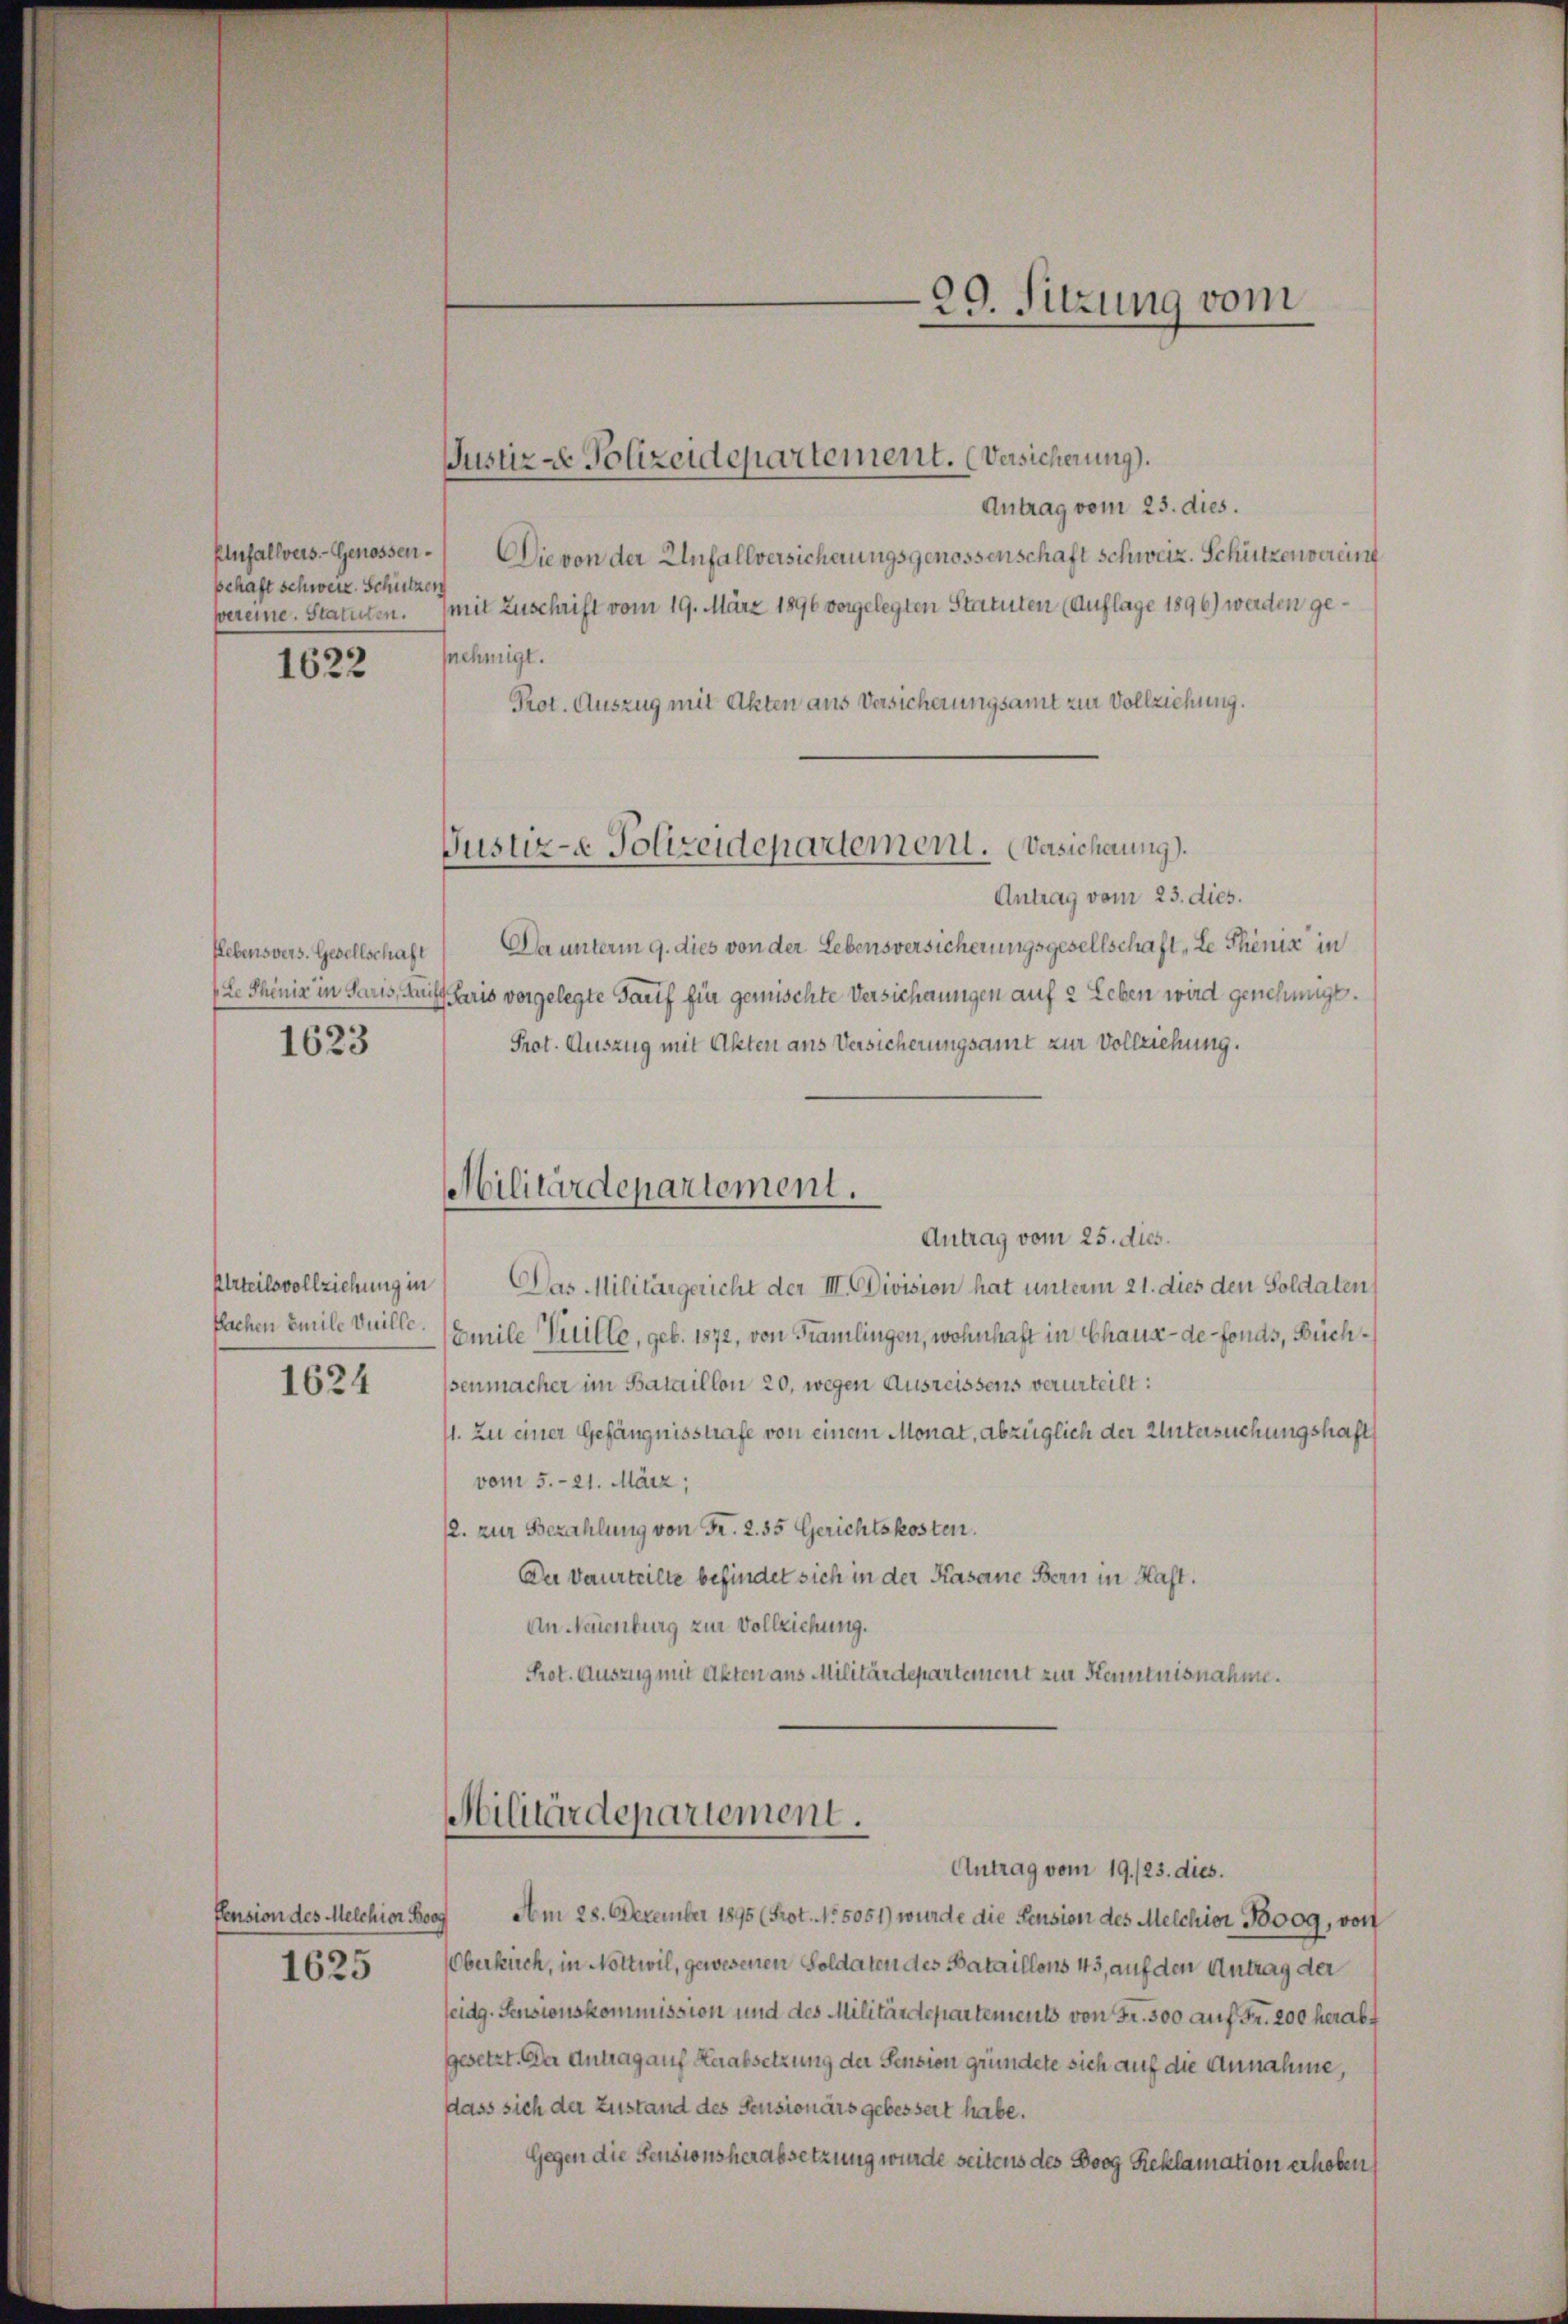
Plufallvers. Genossenschaft schweiz. Schützen
pereine. Statuten.
1622

flebensvers. Gesellschaft
1623

Urteilsvollziehung in
bachen Emile Vuille.

1624

1625

Justiz - Polizeidepartement. (Versicherung).
Antrag vom 25. dies.
Die von der Unfallversicherungsgenossenschaft schweiz. Schützenvereint
mit Zuschrift vom 19. März 1896 vorgelegten Statuten (Auflage 1896) werden gefnehmigt.
Prot. Auszug mit Akten aus Versicherungsamt zur Vollziehung.
Antrag vom 23. dies.
Da unterm 9. dies von der Lebensversicherungsgesellschaft „Le Phönix in
Le Phöniz in Paris, Muff Paris vorgelegte Tarif für gemischte Versichtungen auf 2 Leben wird genehmigt.
Prot. Auszug mit Akten aus Versicherungsamt zur Vollziehung.
Militärdepartement.
Antrag vom 25. dies.
Das Militärgericht der III. Division hat unterm 21. dies den Soldaten,
Emile Vuille, geb. 1872, von Tramlingen, wohnhaft in Chaux-de-Fonds, Buchsenmacher im Bataillon 20, wegen Ausreissens verurteilt:
11. Zu einer Gefängnisstrafe von einem Monat, abzüglich der Untersuchungshaft
vom 5. 21. März,
/2. zur Bezahlung von Fr. 2. 55 Gerichtskosten.
De Vaurteilte befindet sich in der Kaserne Bern in Hast.
An Neuenburg zur Vollziehung.
Prot. Auszug mit Akten aus Militärdepartement zur Kenntnisnahme.

Justiz- Polizeidepartement. Besicherung).

e
29. Sitzung vom

Militärdepartement.
Antrag vom 19./25. dies.

Pension des Melchior Boo Am 28. Dezember 1895 (Prot. No. 5051) wurde die Pension des Melchior Boog, von
Oberkirch, in Nottwil, gewesenen Soldaten des Bataillons 43, auf den Antrag der
seidg. Sensionskommission und des Militärdepartement von Fr. 300 auf Fr. 200 herabt
gesetzt. Der Antrag auf Herabsetzung der Pension gründete sich auf die Annahme,
dass sich der Zustand des Sensionärs gebesseit habe.
Gegen die Fensionsherabsetzung wurde seitens des Borg Reklamation erhoben,